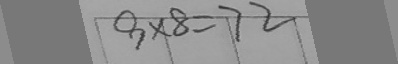
9 \times 8 = 7 2